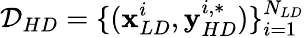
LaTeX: \mathcal{D}_{HD}=\{ (\mathbf{x}_{LD}^{i},\mathbf{y}_{HD}^{i,*})\} _{i=1}^{N_{LD}}